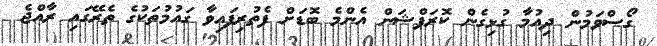
ގޯސްވަމުން ދިއުމާ ގުޅިގެން ކޮރަޕްޝަން އެންމެ ބޮޑަށް ފެތުރިފައިވާ ގައުމުތަކުގެ ތެރޭގައި ރާއްޖެ